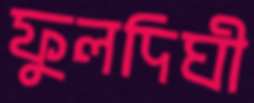
ফুলদিঘী